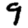
Digit: 9